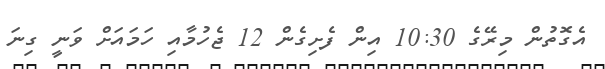
އެގޮތުން މިރޭގެ 10:30 އިން ފެށިގެން 12 ޖެހުމާއި ހަމައަށް ވަނީ ގިނަ